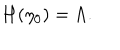
H ( \eta _ { 0 } ) = \Lambda .